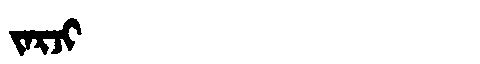
Manchu: ᠵᠠᡵᠵᡳ
Romanization: JARJI